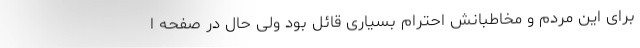
برای این مردم و مخاطبانش احترام بسیاری قائل بود ولی حال در صفحه ا